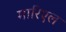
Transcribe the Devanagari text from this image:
मारिएल